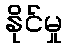
နိုင်မှု